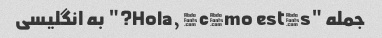
جمله "Hola, ¿cómo estás?" به انگلیسی